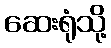
ဆေးရုံသို့